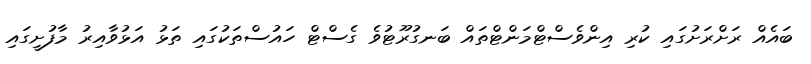
ބައެއް ރަށްރަށުގައި ކުރި އިންވެސްޓްމަންޓްތައް ބަނގުރޫޓުވެ ގެސްޓް ހައުސްތަކުގައި ތަޅު އަޅުވާއިރު މާފުށީގައި